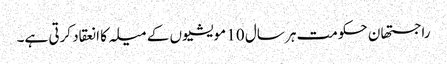
راجستھان حکومت ہر سال 10 مویشیوں کے میلہ کا انعقاد کرتی ہے۔